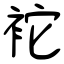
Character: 袉